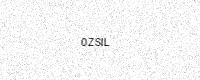
Text: 0ZSIL